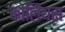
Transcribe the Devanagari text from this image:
कोलियस